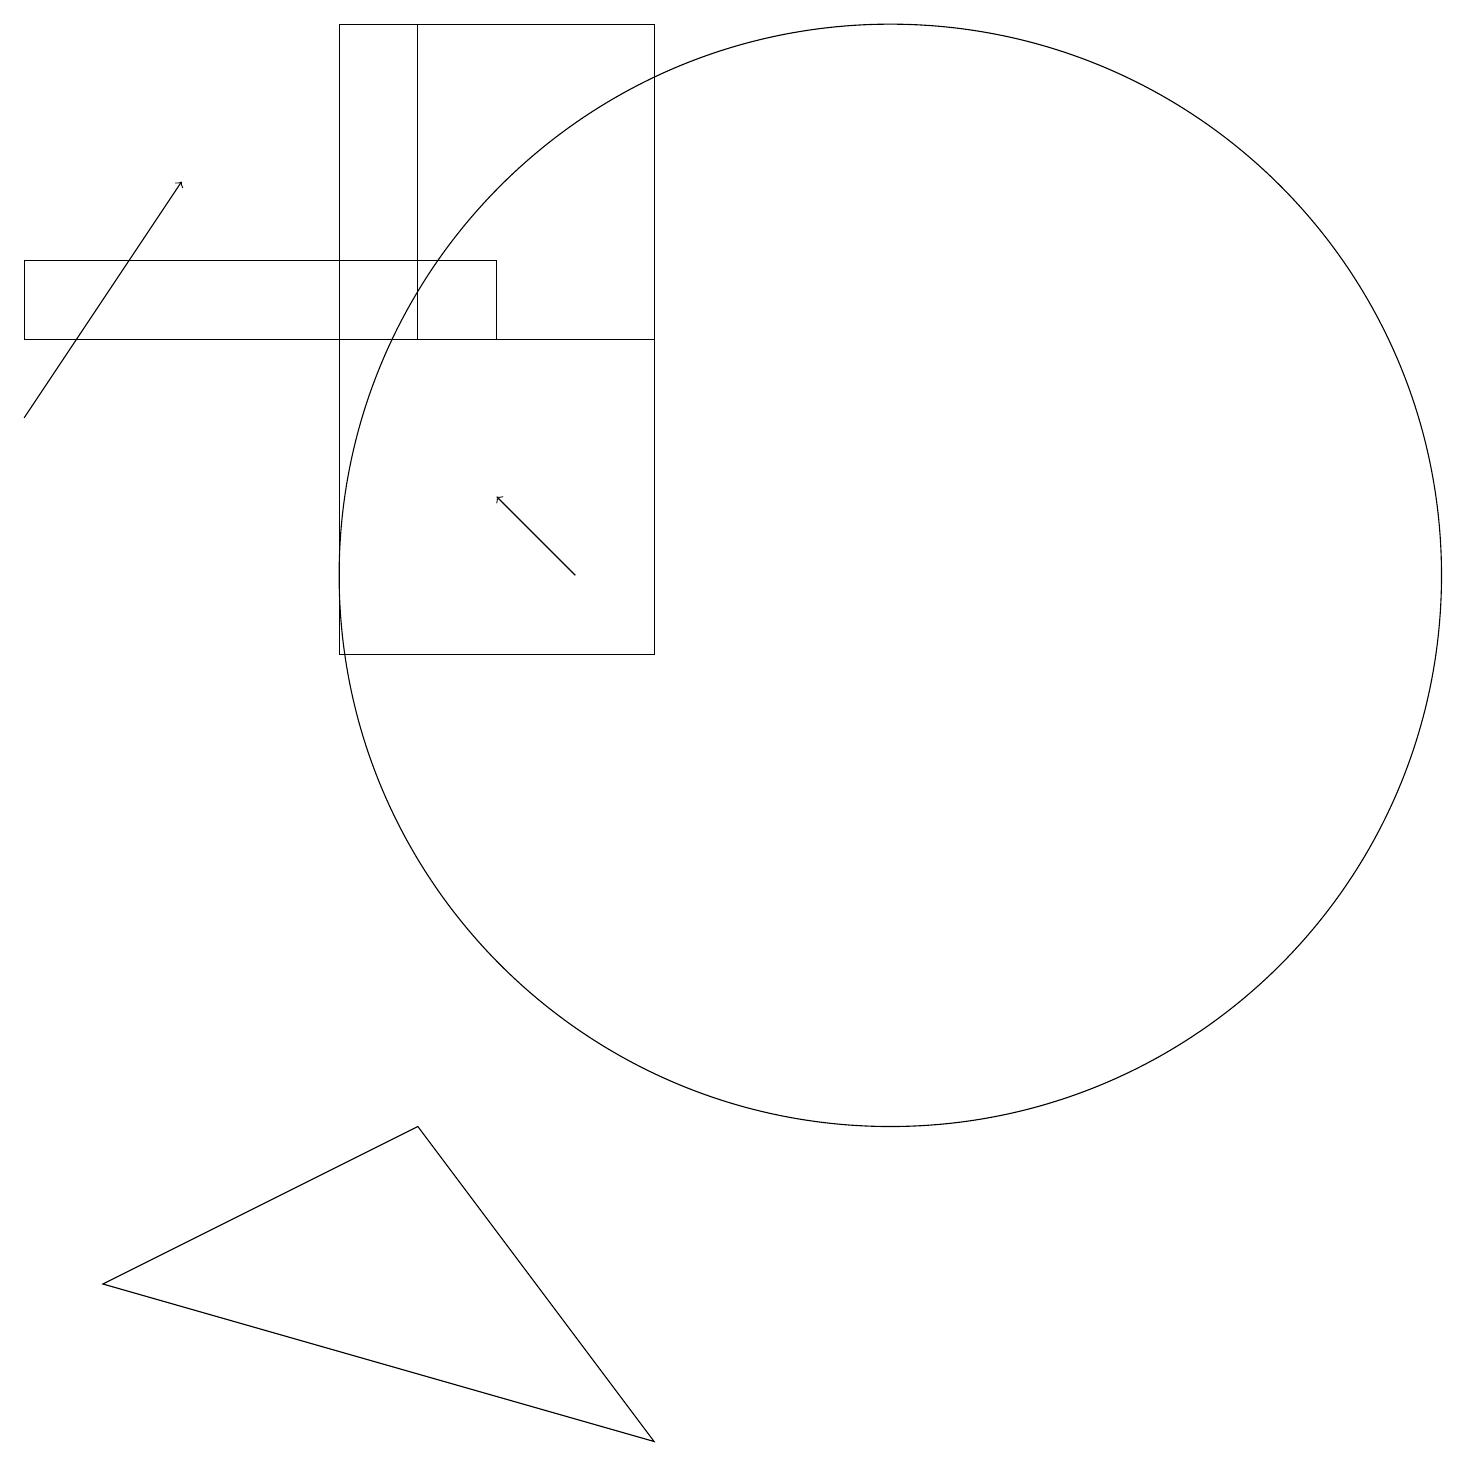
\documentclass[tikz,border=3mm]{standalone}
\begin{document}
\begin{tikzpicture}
\draw (11,12) circle (7);
\draw (8,15) rectangle (5,19);
\draw (6,16) rectangle (0,15);
\draw[->] (7,12) -- (6,13);
\draw (4,11) rectangle (8,19);
\draw[->] (0,14) -- (2,17);
\draw (8,1) -- (5,5) -- (1,3) -- cycle;
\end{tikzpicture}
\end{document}